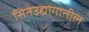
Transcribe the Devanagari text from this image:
सिनेउद्योगातील